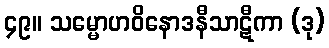
၄၉။ သမ္မောဟဝိနောဒနီသာဋီကာ (ဒု)